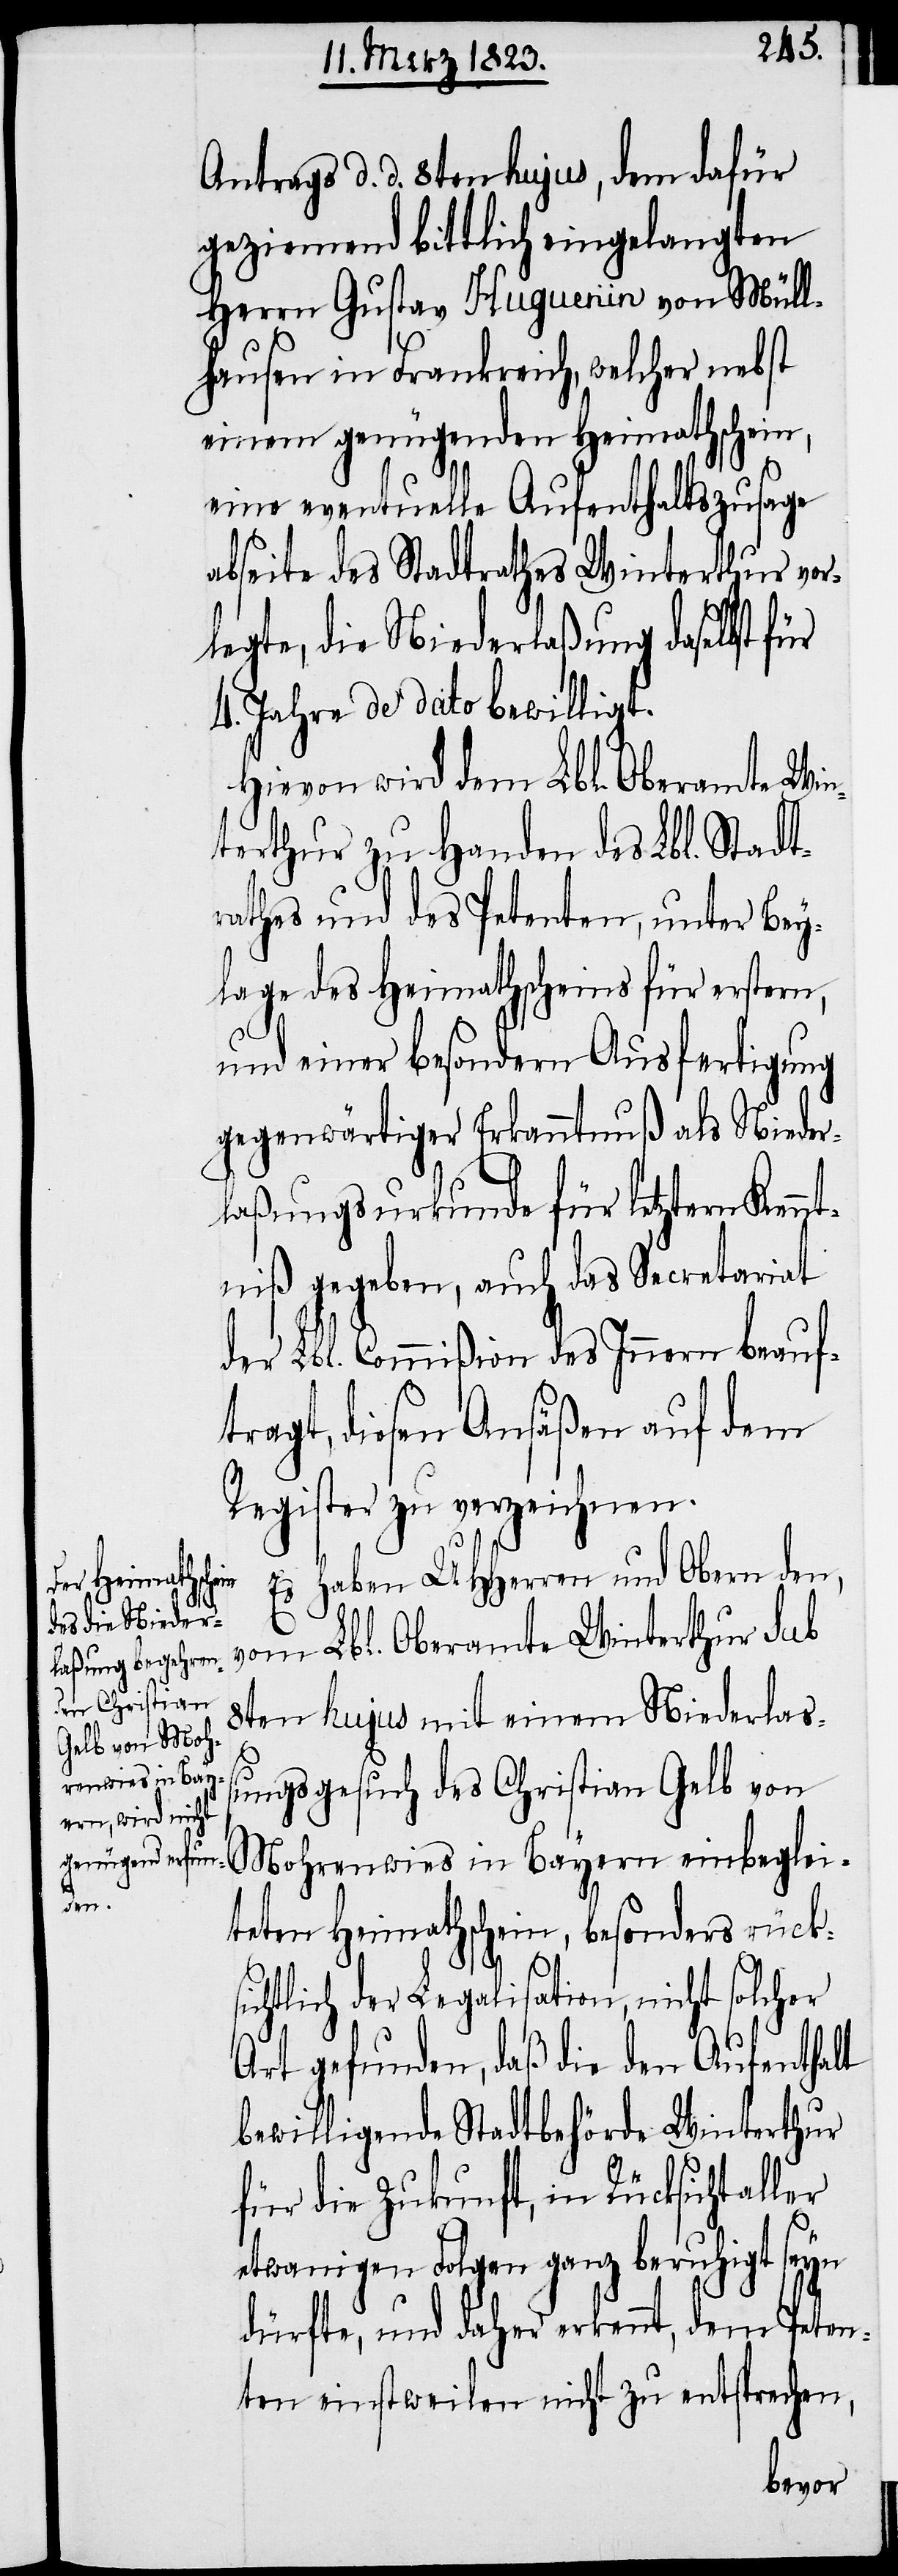
Antrags d. d. 8ten hujus, dem dafür
geziemend bittlich eingelangten
Herrn Gustav Huguenin von Müll¬
hausen in Frankreich, welcher nebst
einem genügenden Heimathschein,
eine eventuelle Aufenthaltszusage
abseite des Stadtrathes Winterthur vor¬
legte, die Niederlaßung daselbst für
4. Jahre de dato bewilligt.
Hievon wird dem Lbl. Oberamte Win¬
terthur zu Handen des Lbl. Stadt¬
rathes und des Petenten, unter Bey¬
lage des Heimathscheins für erstern,
und einer besondern Ausfertigung
gegenwärtiger Erkanntnuß als Nieder¬
laßungsurkunde für letztern Kennt¬
niß gegeben, auch das Secretariat
der Lbl. Commißion des Innern beauf¬
tragt, diesen Ansäßen auf dem
Register zu verzeichnen.
Es haben UHHerren und Obern den,
vom Lbl. Oberamte Winterthur sub
8ten hujus mit einem Niederlaß¬
ungsgesuch des Christian Gelb von
Mohrenwies in Bayern einbeglei¬
teten Heimathschein, besonders rücks¬
ichtlich der Legalisation, nicht solcher
Art gefunden, daß die den Aufenthalt
bewilligende Stadtbehörde Winterthur
für die Zukunft, in Rücksicht aller
etwanigen Folgen ganz beruhigt seyn
dürfte, und daher erkennt, dem Peten¬
ten einstweilen nicht zu entsprechen,